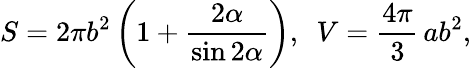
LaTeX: S=2\pi b^{2}\left(1+\frac{2\alpha}{\sin 2\alpha}\right),~~V=\frac{4\pi}{3}\, ab^{2},